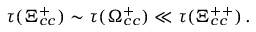
\tau ( \Xi _ { c c } ^ { + } ) \sim \tau ( \Omega _ { c c } ^ { + } ) \ll \tau ( \Xi _ { c c } ^ { + + } ) \, .